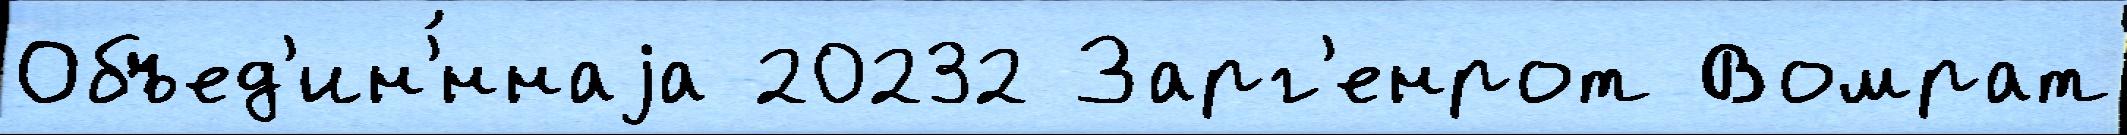
Объед'ин'́ннаjа 20232 Зарг'енрот Вомрат